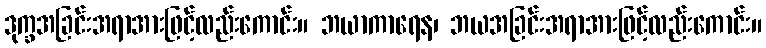
ဒုက္ခအခြင်းအရာအားဖြင့်လည်းကောင်း။ ဘယာကာရေန၊ ဘယအခြင်းအရာအားဖြင့်လည်းကောင်း။